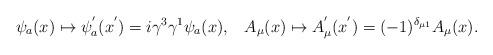
LaTeX: \begin{align*}\psi_{a}(x)\mapsto\psi_{a}^{'}(x^{'})=i\gamma^{3}\gamma^{1}\psi_{a}(x),\;\;\;A_{\mu}(x)\mapsto A_{\mu}^{'}(x^{'})=(-1)^{\delta_{\mu 1}}A_{\mu}(x).\end{align*}